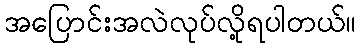
အပြောင်းအလဲလုပ်လို့ရပါတယ်။